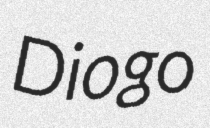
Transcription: Diogo